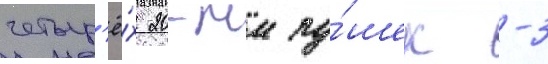
четыр'ё́х 20-мм пу́шек -3